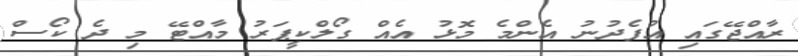
ރާއްޖޭގައި އުފެދުނު އެންމެ މޮޅު އެއް ގޯލްކީޕަރު މާއްޓޭ މި ދެ ކޯސް